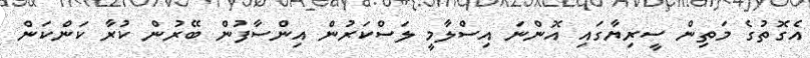
އެގޮތުގެ މަތިން ސީރިޔާގައި އޮންނަ އިސްލާމީ ލަސްކަރުން އިންސާފުން ބޭރުން ކުރާ ކަންކަން